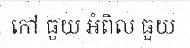
កៅ ធួយ អំពិល ធួយ